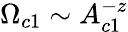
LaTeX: \Omega_{c1}\sim A_{c1}^{-z}